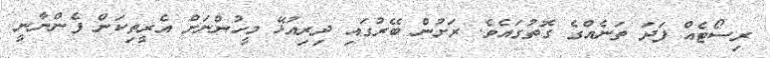
ރިސޯޓެއް ފަދަ ތަނެއްގެ ގޮތުގައެވެ. ރަށުން ބޭރުގައި ދިރިއުޅޭ މީހުންނަށް އެރީތިކަން ފެންނާނީ